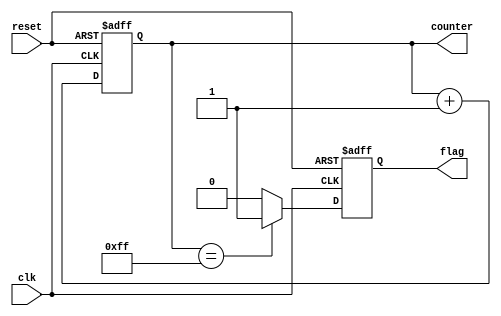
module ClockCycleInitialization (
    input wire clk,             // Clock signal
    input wire reset,           // Reset signal
    output reg [7:0] counter,   // Example internal state variable (8-bit counter)
    output reg flag             // Example internal state variable (flag)
);

    // Initialization of internal state variables
    initial begin
        counter = 8'b00000000;  // Initialize counter to 0
        flag = 1'b0;            // Initialize flag to 0
    end

    // Asynchronous reset and synchronous clock operation
    always @(posedge clk or posedge reset) begin
        if (reset) begin
            // Reset all relevant internal state variables
            counter <= 8'b00000000;  // Reset counter
            flag <= 1'b0;            // Reset flag
        end else begin
            // Normal operation: Increment counter and update flag based on some condition
            counter <= counter + 1;   // Increment counter on each clock cycle
            // Example condition for flag update
            if (counter == 8'b11111111) begin
                flag <= 1'b1;          // Set flag when counter reaches max value
            end else begin
                flag <= 1'b0;          // Clear flag otherwise
            end
        end
    end

endmodule